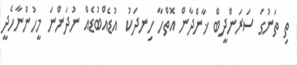
ތި ތަނުގަ ސަރަންދީބް ޚާންދާން އޮތްހާ ހިނދަކު  އުޑެއްބުޑެއް ނުދަންނަ މީހުންނާހެދީ